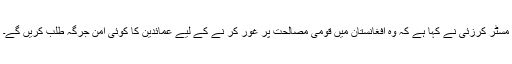
مسٹر کرزئى نے کہا ہے کہ وہ افغانستان میں قومی مصالحت پر غور کر نے کے لیے عمائدین کا کوئى امن جرگہ طلب کریں گے۔